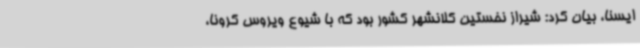
ایسنا، بیان کرد: شیراز نخستین کلانشهر کشور بود که با شیوع ویروس کرونا،